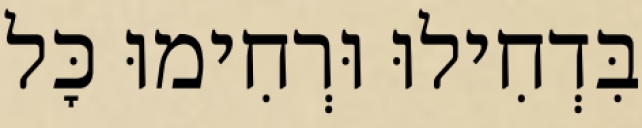
בִּדְחִילוּ וּרְחִימוּ כׇּל